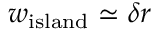
w _ { \mathrm { i s l a n d } } \simeq \delta r